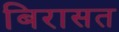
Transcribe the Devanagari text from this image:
बिरासत